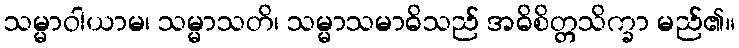
သမ္မာဝါယာမ၊ သမ္မာသတိ၊ သမ္မာသမာဓိသည် အဓိစိတ္တသိက္ခာ မည်၏။